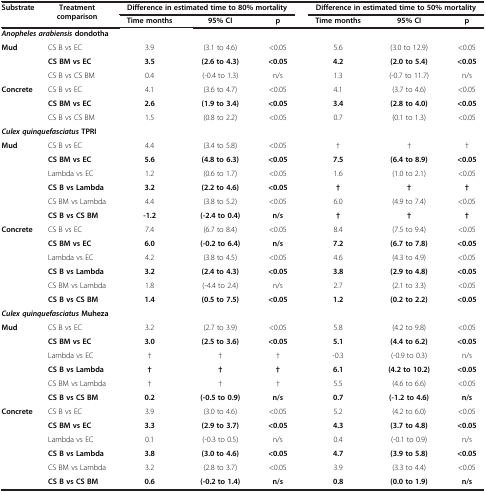
<table><thead><tr><td rowspan="2"><b>Substrate</b></td><td rowspan="2"><b>Treatment comparison</b></td><td colspan="3"><b>Difference in estimated time to 80% mortality</b></td><td colspan="3"><b>Difference in estimated time to 50% mortality</b></td></tr><tr><td><b>Time months</b></td><td><b>95% CI</b></td><td><b>p</b></td><td><b>Time months</b></td><td><b>95% CI</b></td><td><b>p</b></td></tr></thead><tbody><tr><td colspan="8"><b><i>Anopheles arabiensis</i></b><b>dondotha</b></td></tr><tr><td rowspan="3"><b>Mud</b></td><td>CS B vs EC</td><td>3.9</td><td>(3.1 to 4.6)</td><td>&lt;0.05</td><td>5.6</td><td>(3.0 to 12.9)</td><td>&lt;0.05</td></tr><tr><td><b>CS BM vs EC</b></td><td><b>3.5</b></td><td><b>(2.6 to 4.3)</b></td><td><b>&lt;0.05</b></td><td><b>4.2</b></td><td><b>(2.0 to 5.4)</b></td><td><b>&lt;0.05</b></td></tr><tr><td>CS B vs CS BM</td><td>0.4</td><td>(-0.4 to 1.3)</td><td>n/s</td><td>1.3</td><td>(-0.7 to 11.7)</td><td>n/s</td></tr><tr><td rowspan="3"><b>Concrete</b></td><td>CS B vs EC</td><td>4.1</td><td>(3.6 to 4.7)</td><td>&lt;0.05</td><td>4.1</td><td>(3.7 to 4.6)</td><td>&lt;0.05</td></tr><tr><td><b>CS BM vs EC</b></td><td><b>2.6</b></td><td><b>(1.9 to 3.4)</b></td><td><b>&lt;0.05</b></td><td><b>3.4</b></td><td><b>(2.8 to 4.0)</b></td><td><b>&lt;0.05</b></td></tr><tr><td>CS B vs CS BM</td><td>1.5</td><td>(0.8 to 2.2)</td><td>&lt;0.05</td><td>0.7</td><td>(0.1 to 1.3)</td><td>&lt;0.05</td></tr><tr><td colspan="8"><b><i>Culex quinquefasciatus</i></b><b>TPRI</b></td></tr><tr><td rowspan="6"><b>Mud</b></td><td>CS B vs EC</td><td>4.4</td><td>(3.4 to 5.8)</td><td>&lt;0.05</td><td>†</td><td>†</td><td>†</td></tr><tr><td><b>CS BM vs EC</b></td><td><b>5.6</b></td><td><b>(4.8 to 6.3)</b></td><td><b>&lt;0.05</b></td><td><b>7.5</b></td><td><b>(6.4 to 8.9)</b></td><td><b>&lt;0.05</b></td></tr><tr><td>Lambda vs EC</td><td>1.2</td><td>(0.6 to 1.7)</td><td>&lt;0.05</td><td>1.6</td><td>(1.0 to 2.1)</td><td>&lt;0.05</td></tr><tr><td><b>CS B vs Lambda</b></td><td><b>3.2</b></td><td><b>(2.2 to 4.6)</b></td><td><b>&lt;0.05</b></td><td><b>†</b></td><td><b>†</b></td><td><b>†</b></td></tr><tr><td>CS BM vs Lambda</td><td>4.4</td><td>(3.8 to 5.2)</td><td>&lt;0.05</td><td>6.0</td><td>(4.9 to 7.4)</td><td>&lt;0.05</td></tr><tr><td><b>CS B vs CS BM</b></td><td><b>-1.2</b></td><td><b>(-2.4 to 0.4)</b></td><td><b>n/s</b></td><td><b>†</b></td><td><b>†</b></td><td><b>†</b></td></tr><tr><td rowspan="6"><b>Concrete</b></td><td>CS B vs EC</td><td>7.4</td><td>(6.7 to 8.4)</td><td>&lt;0.05</td><td>8.4</td><td>(7.5 to 9.4)</td><td>&lt;0.05</td></tr><tr><td><b>CS BM vs EC</b></td><td><b>6.0</b></td><td><b>(-0.2 to 6.4)</b></td><td><b>n/s</b></td><td><b>7.2</b></td><td><b>(6.7 to 7.8)</b></td><td><b>&lt;0.05</b></td></tr><tr><td>Lambda vs EC</td><td>4.2</td><td>(3.8 to 4.5)</td><td>&lt;0.05</td><td>4.6</td><td>(4.3 to 4.9)</td><td>&lt;0.05</td></tr><tr><td><b>CS B vs Lambda</b></td><td><b>3.2</b></td><td><b>(2.4 to 4.3)</b></td><td><b>&lt;0.05</b></td><td><b>3.8</b></td><td><b>(2.9 to 4.8)</b></td><td><b>&lt;0.05</b></td></tr><tr><td>CS BM vs Lambda</td><td>1.8</td><td>(-4.4 to 2.4)</td><td>n/s</td><td>2.7</td><td>(2.1 to 3.3)</td><td>&lt;0.05</td></tr><tr><td><b>CS B vs CS BM</b></td><td><b>1.4</b></td><td><b>(0.5 to 7.5)</b></td><td><b>&lt;0.05</b></td><td><b>1.2</b></td><td><b>(0.2 to 2.2)</b></td><td><b>&lt;0.05</b></td></tr><tr><td colspan="8"><b><i>Culex quinquefasciatus</i></b><b>Muheza</b></td></tr><tr><td rowspan="6"><b>Mud</b></td><td>CS B vs EC</td><td>3.2</td><td>(2.7 to 3.9)</td><td>&lt;0.05</td><td>5.8</td><td>(4.2 to 9.8)</td><td>&lt;0.05</td></tr><tr><td><b>CS BM vs EC</b></td><td><b>3.0</b></td><td><b>(2.5 to 3.6)</b></td><td><b>&lt;0.05</b></td><td><b>5.1</b></td><td><b>(4.4 to 6.2)</b></td><td><b>&lt;0.05</b></td></tr><tr><td>Lambda vs EC</td><td>†</td><td>†</td><td>†</td><td>-0.3</td><td>(-0.9 to 0.3)</td><td>n/s</td></tr><tr><td><b>CS B vs Lambda</b></td><td><b>†</b></td><td><b>†</b></td><td><b>†</b></td><td><b>6.1</b></td><td><b>(4.2 to 10.2)</b></td><td><b>&lt;0.05</b></td></tr><tr><td>CS BM vs Lambda</td><td>†</td><td>†</td><td>†</td><td>5.5</td><td>(4.6 to 6.6)</td><td>&lt;0.05</td></tr><tr><td><b>CS B vs CS BM</b></td><td><b>0.2</b></td><td><b>(-0.5 to 0.9)</b></td><td><b>n/s</b></td><td><b>0.7</b></td><td><b>(-1.2 to 4.6)</b></td><td><b>n/s</b></td></tr><tr><td rowspan="6"><b>Concrete</b></td><td>CS B vs EC</td><td>3.9</td><td>(3.0 to 4.6)</td><td>&lt;0.05</td><td>5.2</td><td>(4.2 to 6.0)</td><td>&lt;0.05</td></tr><tr><td><b>CS BM vs EC</b></td><td><b>3.3</b></td><td><b>(2.9 to 3.7)</b></td><td><b>&lt;0.05</b></td><td><b>4.3</b></td><td><b>(3.7 to 4.8)</b></td><td><b>&lt;0.05</b></td></tr><tr><td>Lambda vs EC</td><td>0.1</td><td>(-0.3 to 0.5)</td><td>n/s</td><td>0.4</td><td>(-0.1 to 0.9)</td><td>n/s</td></tr><tr><td><b>CS B vs Lambda</b></td><td><b>3.8</b></td><td><b>(3.0 to 4.6)</b></td><td><b>&lt;0.05</b></td><td><b>4.7</b></td><td><b>(3.9 to 5.8)</b></td><td><b>&lt;0.05</b></td></tr><tr><td>CS BM vs Lambda</td><td>3.2</td><td>(2.8 to 3.7)</td><td>&lt;0.05</td><td>3.9</td><td>(3.3 to 4.4)</td><td>&lt;0.05</td></tr><tr><td><b>CS B vs CS BM</b></td><td><b>0.6</b></td><td><b>(-0.2 to 1.4)</b></td><td><b>n/s</b></td><td><b>0.8</b></td><td><b>(0.0 to 1.9)</b></td><td><b>n/s</b></td></tr></tbody></table>